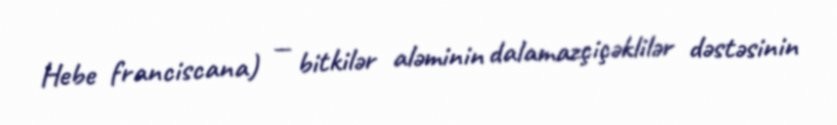
Hebe franciscana) — bitkilər aləminin dalamazçiçəklilər dəstəsinin